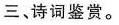
三、诗词鉴赏。